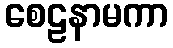
စေဠနာမကာ